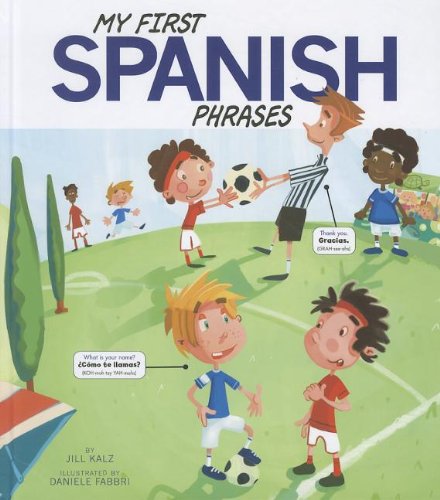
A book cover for My First Spanish Phrases (Speak Another Language!); Jill Kalz; Reference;